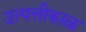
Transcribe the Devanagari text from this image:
उत्पत्तीकाळ